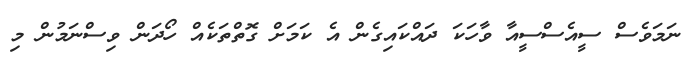
ނަމަވެސް ސީއެސްސީއާ ވާހަކަ ދައްކައިގެން އެ ކަމަށް ގޮތްތަކެއް ހޯދަން ވިސްނަމުން މި